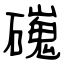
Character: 䃬